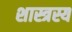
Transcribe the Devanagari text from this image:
शास्त्रस्य